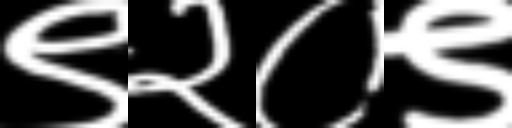
Text: ९२०९